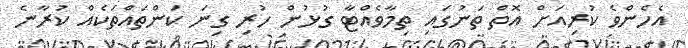
އެހެންވެ ކުރިއަށް އޮތް ތަނުގައި ތިމާވެއްޓާ ގުޅުން ހުރި ގިނަ ކަންތައްތަކެއް ކުރާނެ